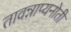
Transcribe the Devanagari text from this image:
तावन्नाप्यनोती